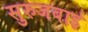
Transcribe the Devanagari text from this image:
सुरुजबाई